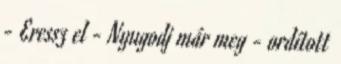
- Eressz el - Nyugodj már meg - ordított